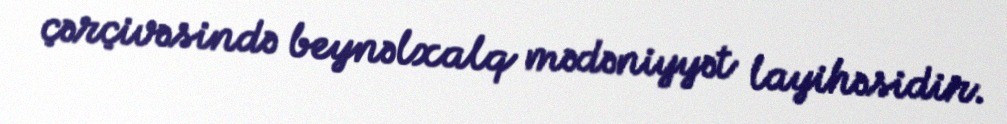
çərçivəsində beynəlxalq mədəniyyət layihəsidir.